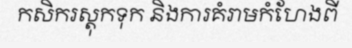
កសិករស្តុកទុក និងការគំរាមកំហែងពី